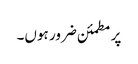
پر مطمئن ضرور ہوں۔